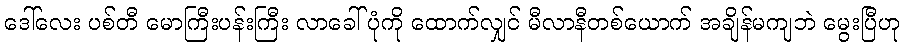
ဒေါ်လေး ပစ်တီ မောကြီးပန်းကြီး လာခေါ်ပုံကို ထောက်လျှင် မီလာနီတစ်ယောက် အချိန်မကျဘဲ မွေးပြီဟု